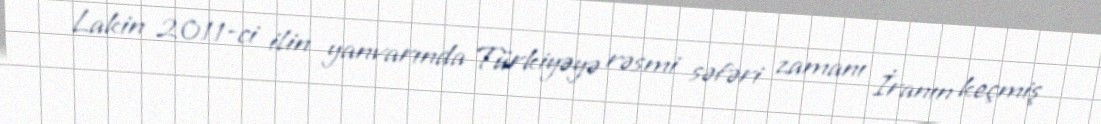
Lakin 2011-ci ilin yanvarında Türkiyəyə rəsmi səfəri zamanı İranın keçmiş